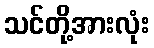
သင်တို့အားလုံး